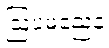
ဩပမညေန